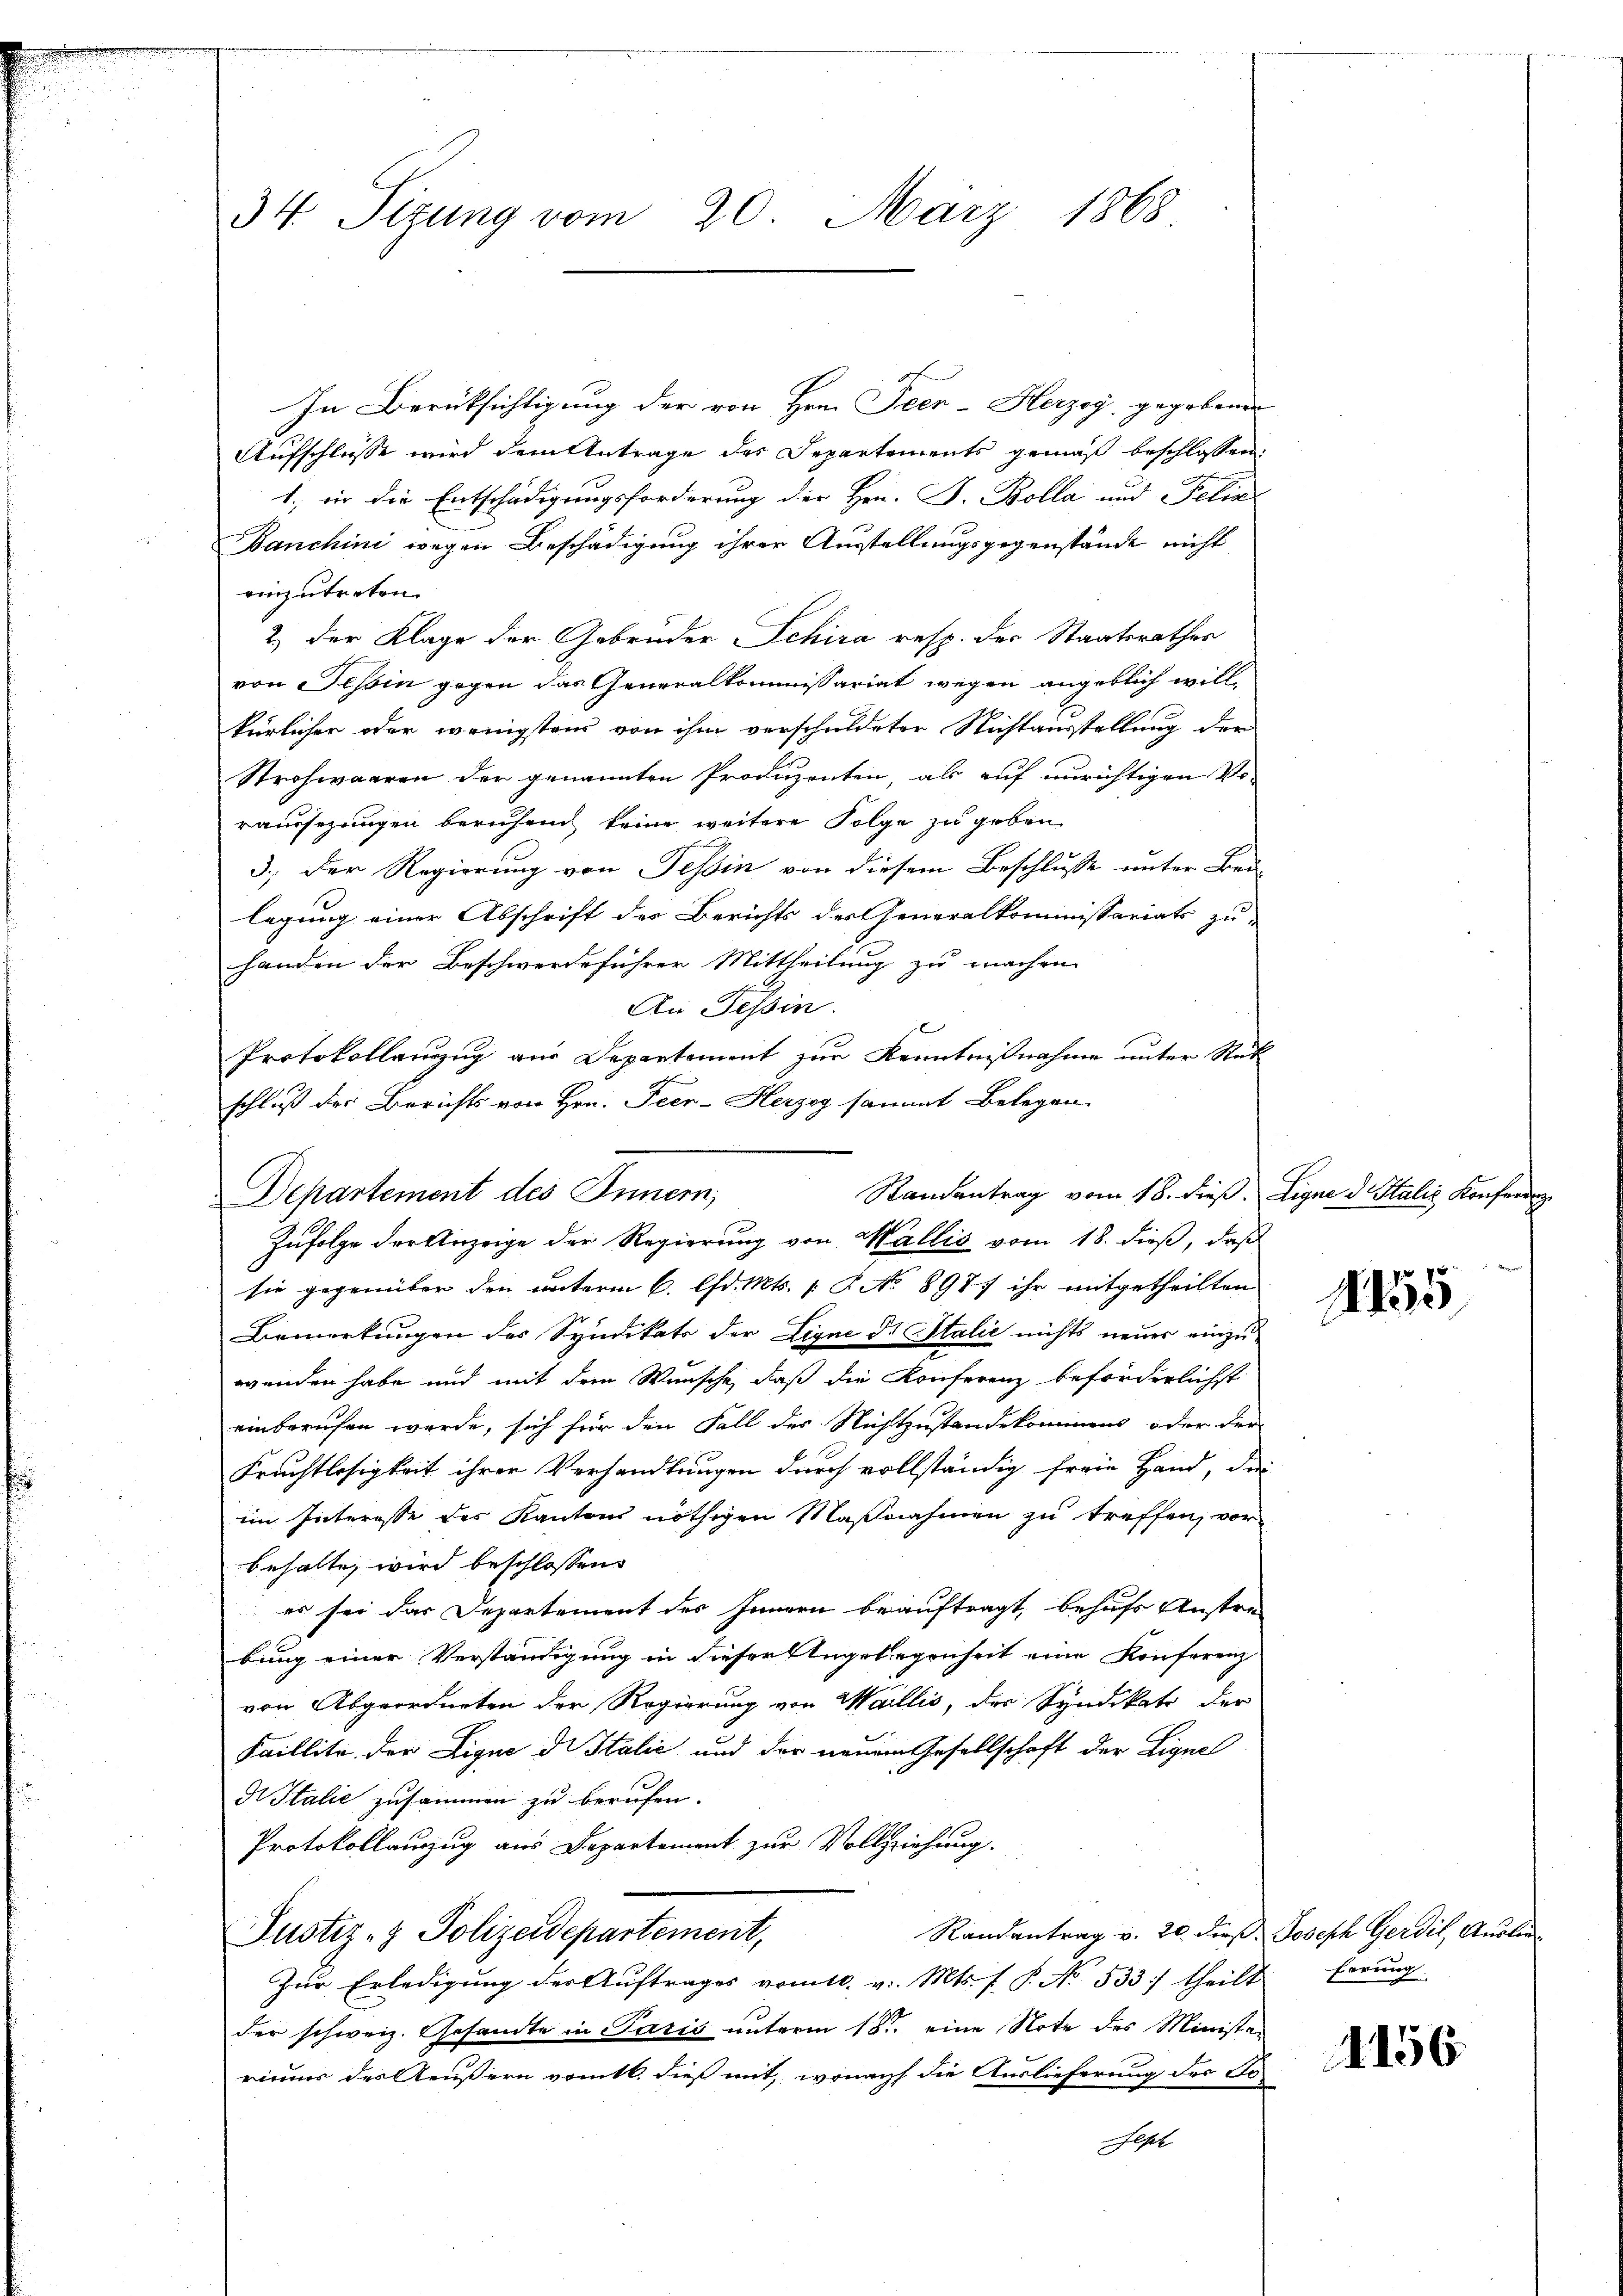
34 Sizung vom 20. März 1868

In Berüksichtigung der von Hrn. Peen-Herzog, gegebenen
Aufschlusse wird dem Antrage des Departements gemäß beschlossen:
1., in die Entschädigungsforderung der Hrn. F. Bolla und Felix
Banchini wegen Beschädigung ihrer Ausstellungsgegenstände nicht
einzutreten.
2) der Klage der Gebrüder Schira resp. der Staatsrathes
von Tessin gegen das Generalkommissariat wegen angeblich willkürlicher oder wenigsten von ihm verschuldeter Nichtausstellung der
Strohwaaren der genannten Produzenten, als auf unrichtigen Vor
raussezungen beruhend keine weitere Folge zu geben.
3.) Der Regierung von Tessin von diesem Beschlusse unter Bei-
legung einer Abschrift des Berichts der eneralkommissariats zu-
handen der Beschwerdeführer Mittheilung zu machen.
An Tessin.
Infolge der Anzeige der Regierung von Wallis vom 18. dieß, daß
sie gegenüber den unterm 6. d. Mts. 1. No 897. ihr mitgetheilten
Bemerkungen des Syndikats der Lique ds Italić nichts neuer einzuwenden habe und mit dem Wünsche, daß die Konferenz beförderlichst
einberufen werde, sich für den Fall des Nichtzustandekommens oder der
Frachtlosigkeit ihrer Verhandlungen durch vollständig freie Hand, der
im Interesse des Kanton nöthigen Maßnahmen zu treffen, vorbehalte, wird beschlossen:
es sei das Departement des Innern beauftragt, behufs Unstrabung einer Verständigung in dieser Angelegenheit eine Konferenz
von Abgeordneten der Regierung von Wallis, der Syndikats der
Faillite der Lique di Italić und der neuem Gesellschaft der Ligne
N Italie zusammen zu berufen.
Protokollauszug aus Departement zur Vollziehung.
Randantrag v. 20. dieß. Joseph Gerdil, Auslie¬
Justiz- & Polizeidepartement,
Zŭr Erledigŭng der Aŭftrages vom 10. v. Mts. f. P. No. 533 theilt Errung
der schweiz. Gesandte in Paris unterm 18ten eine Note des Minister
rieur des Aeußern vom 6. dieß mit, wonach die Auslieferung der To¬
Fest

Protokollenzug aus Departement zur Kenntnißnahme unter Rück
schluß der Berichts von Hrn. Peer-Herzog sammt Belegen
Randantrag vom 18. dieß. Signe d. Italiz. Konfering
Departement des Innern,

1155

1156.